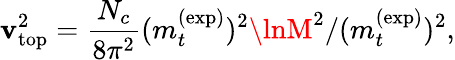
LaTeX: \mathbf{v}_{\mathrm{{top}}}^{2}=\frac{{N_{c}}}{{8\pi^{2}}}(m_{t}^{(\mathrm{{exp}})})^{2}\lnM^{2}/(m_{t}^{(\mathrm{{exp}})})^{2},